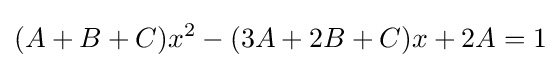
(A+B+C)x^{2}-(3A+2B+C)x+2A=1